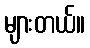
များတယ်။